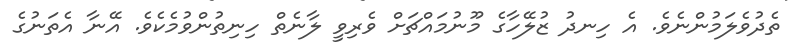
ތެދުވެލަމުންނެވެ. އެ ހިނދު ޒުލޭހާގެ މޫނުމައްޗަށް ވެރިވީ ލާނެތް ހިނިތުންވުމެކެވެ. އޭނާ އެތަނުގެ